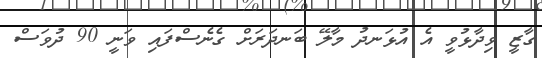
ގާޒީ ވިދާޅުވީ އެ އުޅަނދު މާލޭ ބަނދަރަށް ގެނެސްފައި ވަނީ 90 ދުވަސް